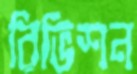
রিভিশন